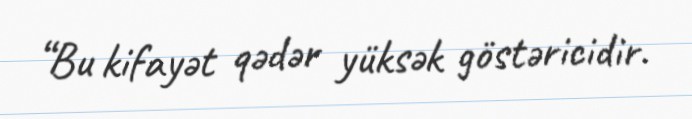
“Bu kifayət qədər yüksək göstəricidir.